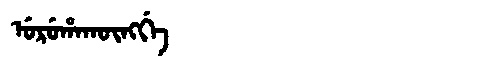
Manchu: ᡠᡵᡠᡥᠠᡴᡡᠩᡤᡝ
Romanization: URUHAKŪNGGE